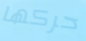
حركها